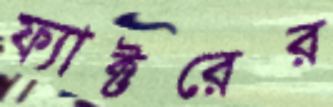
ফ্যাক্টরের